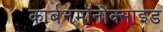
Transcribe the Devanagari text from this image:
कार्बनमॉनोक्साइड